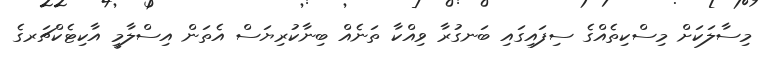
މިސާލަކަށް މިސްކިތެއްގެ ސިފައިގައި ބަނގުރާ ވިއްކާ ތަނެއް ބިނާކުރިޔަސް އެތަން އިސްލާމީ އާކިޓެކްޗަރގެ